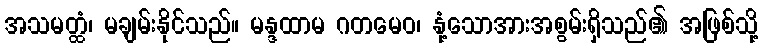
အသမတ္ထံ၊ မချမ်းနိုင်သည်။ မန္ဒထာမ ဂတမေဝ၊ နုံ့သောအားအစွမ်းရှိသည်၏ အဖြစ်သို့